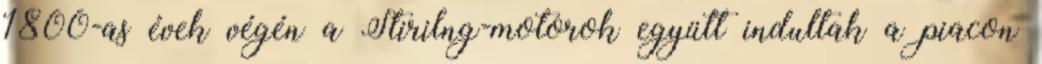
1800-as évek végén a Stirilng-motorok együtt indultak a piacon